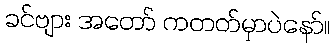
ခင်ဗျား အတော် ကတတ်မှာပဲနော်။